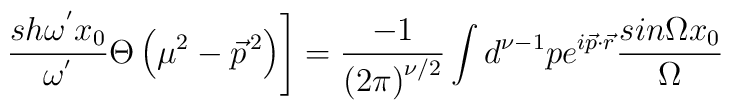
\left.\frac {sh{\omega}^{'} x_0} {{\omega}^{'}}\Theta\left({\mu}^2-{\vec{p}}^{\,2}\right) \right]=\frac {-1} {\left(2\pi\right)^{\nu /2}}\int d^{\nu-1}p e^{i\vec{p}\cdot\vec{r}}\frac {sin\Omega x_0} {\Omega}